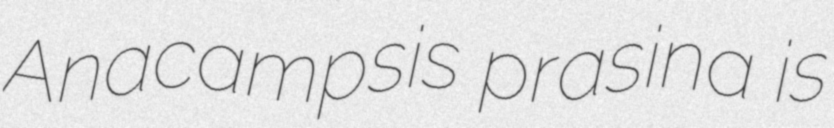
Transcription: Anacampsis prasina is